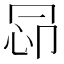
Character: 𢘖